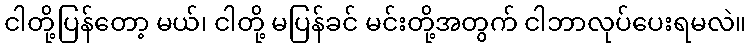
ငါတို့ပြန်တော့ မယ်၊ ငါတို့ မပြန်ခင် မင်းတို့အတွက် ငါဘာလုပ်ပေးရမလဲ။